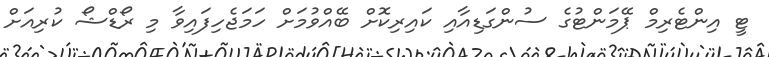
ޓީ އިންޓެރިމް ޕޭމަންޓުގެ ސުންގަޑިއާއި ކައިރިކޮށް ބޭއްވުމަށް ހަމަޖެހިފައިވާ މި ރޯޑްޝޯ ކުރިއަށް